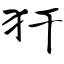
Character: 犴